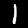
Label: 1